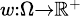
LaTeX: \scriptstyle w\colon\Omega\to\mathbb{R}^{+}